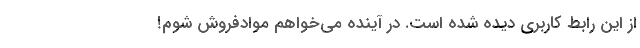
از این رابط ‌کاربری دیده شده است. در آینده می‌خواهم موادفروش شوم!